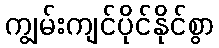
ကျွမ်းကျင်ပိုင်နိုင်စွာ